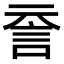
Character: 𧥽